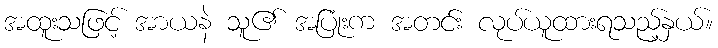
အထူးသဖြင့် အာယနဲ သူ၏ အပြုံးက အတင်း လုပ်ယူထားရသည့်နှယ်။